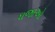
ધજાઓ